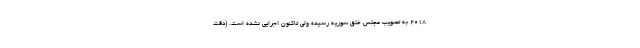
2018 به تصویب مجلس خلق سوریه رسیده ولی تاکنون اجرایی نشده است. (دقت